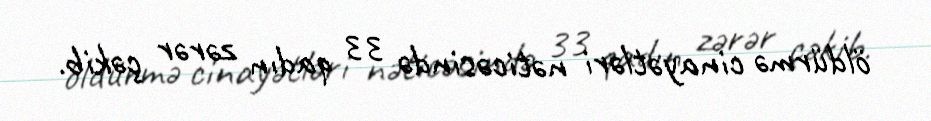
öldürmə cinayətləri nəticəsində 33 qadın zərər çəkib.